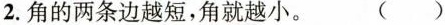
2.角的两条边越短，角就越小。 ( )